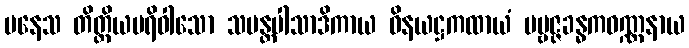
ပနေသ တိတ္ထိယပရိဝါသော သမန္တပါသာဒိကာယ ဝိနယဋ္ဌကထာယံ ပဗ္ဗဇ္ဇခန္ဓကဝဏ္ဏနာယ